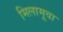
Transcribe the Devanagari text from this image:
मिलामूवा